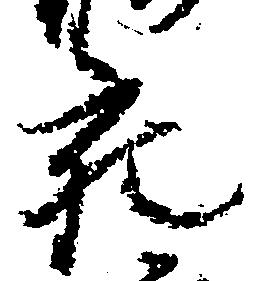
充